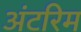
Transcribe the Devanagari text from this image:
अंटरिम